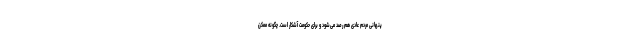
پنهانی مردم عادی هم رصد می‌شود و برای حکومت آشکار است. چگونه ممکن